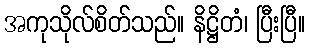
အကုသိုလ်စိတ်သည်။ နိဋ္ဌိတံ၊ ပြီးပြီ။